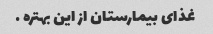
غذای بیمارستان از این بهتره …